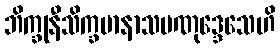
ဘိက္ခုနီသိက္ခမာနာသမဏုဒ္ဒေသေဟိ